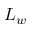
L _ { w }